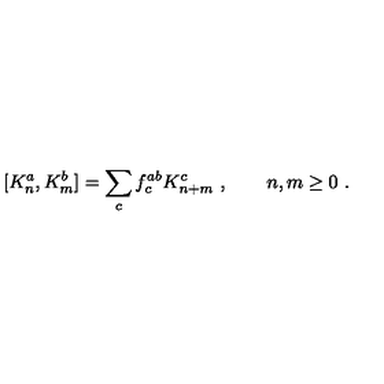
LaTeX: [ K _ { n } ^ { a } , K _ { m } ^ { b } ] = \sum _ { c } f _ { c } ^ { a b } K _ { n + m } ^ { c } \ , \qquad n , m \ge 0 \ .